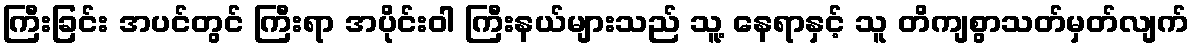
ကြီးခြင်း အပင်တွင် ကြီးရာ အပိုင်းဝါ ကြီးနယ်များသည် သူ့ နေရာနှင့် သူ တိကျစွာသတ်မှတ်လျက်